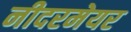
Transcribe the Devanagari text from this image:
नीदरमेयर